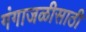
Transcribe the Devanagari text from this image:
गंगाजळीसाठी